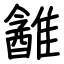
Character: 䨄